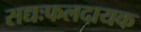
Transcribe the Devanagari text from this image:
सद्यःफलदायक